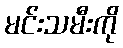
မင်းသမီးကို